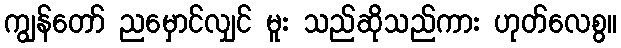
ကျွန်တော် ညမှောင်လျှင် မူး သည်ဆိုသည်ကား ဟုတ်လေစွ။